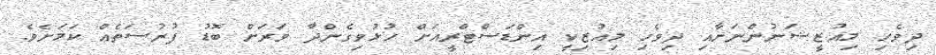
ދިވެހި މިއުޒީޝަނުންނަށާއި ދިވެހި މިއުޒިކީ އިންޑަސްޓްރީއަށް ހުޅުވިގެންދާ ވަރަށް ބޮޑު ފުރުސަތެއް ކަމަށެވެ.